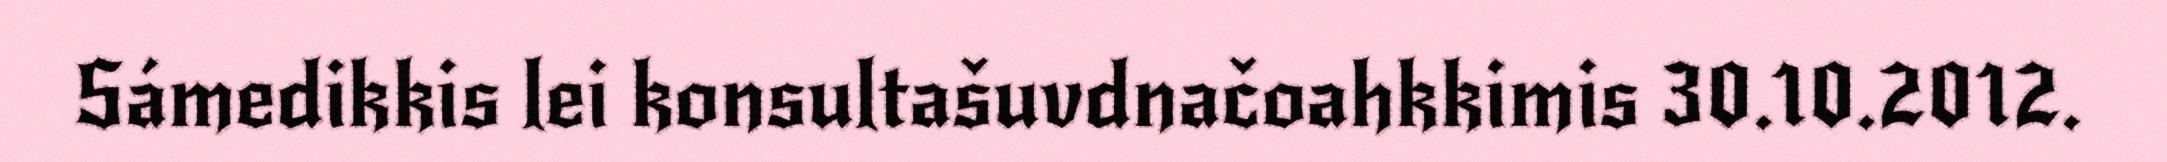
Sámedikkis lei konsultašuvdnačoahkkimis 30.10.2012.